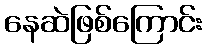
နေဆဲဖြစ်ကြောင်း